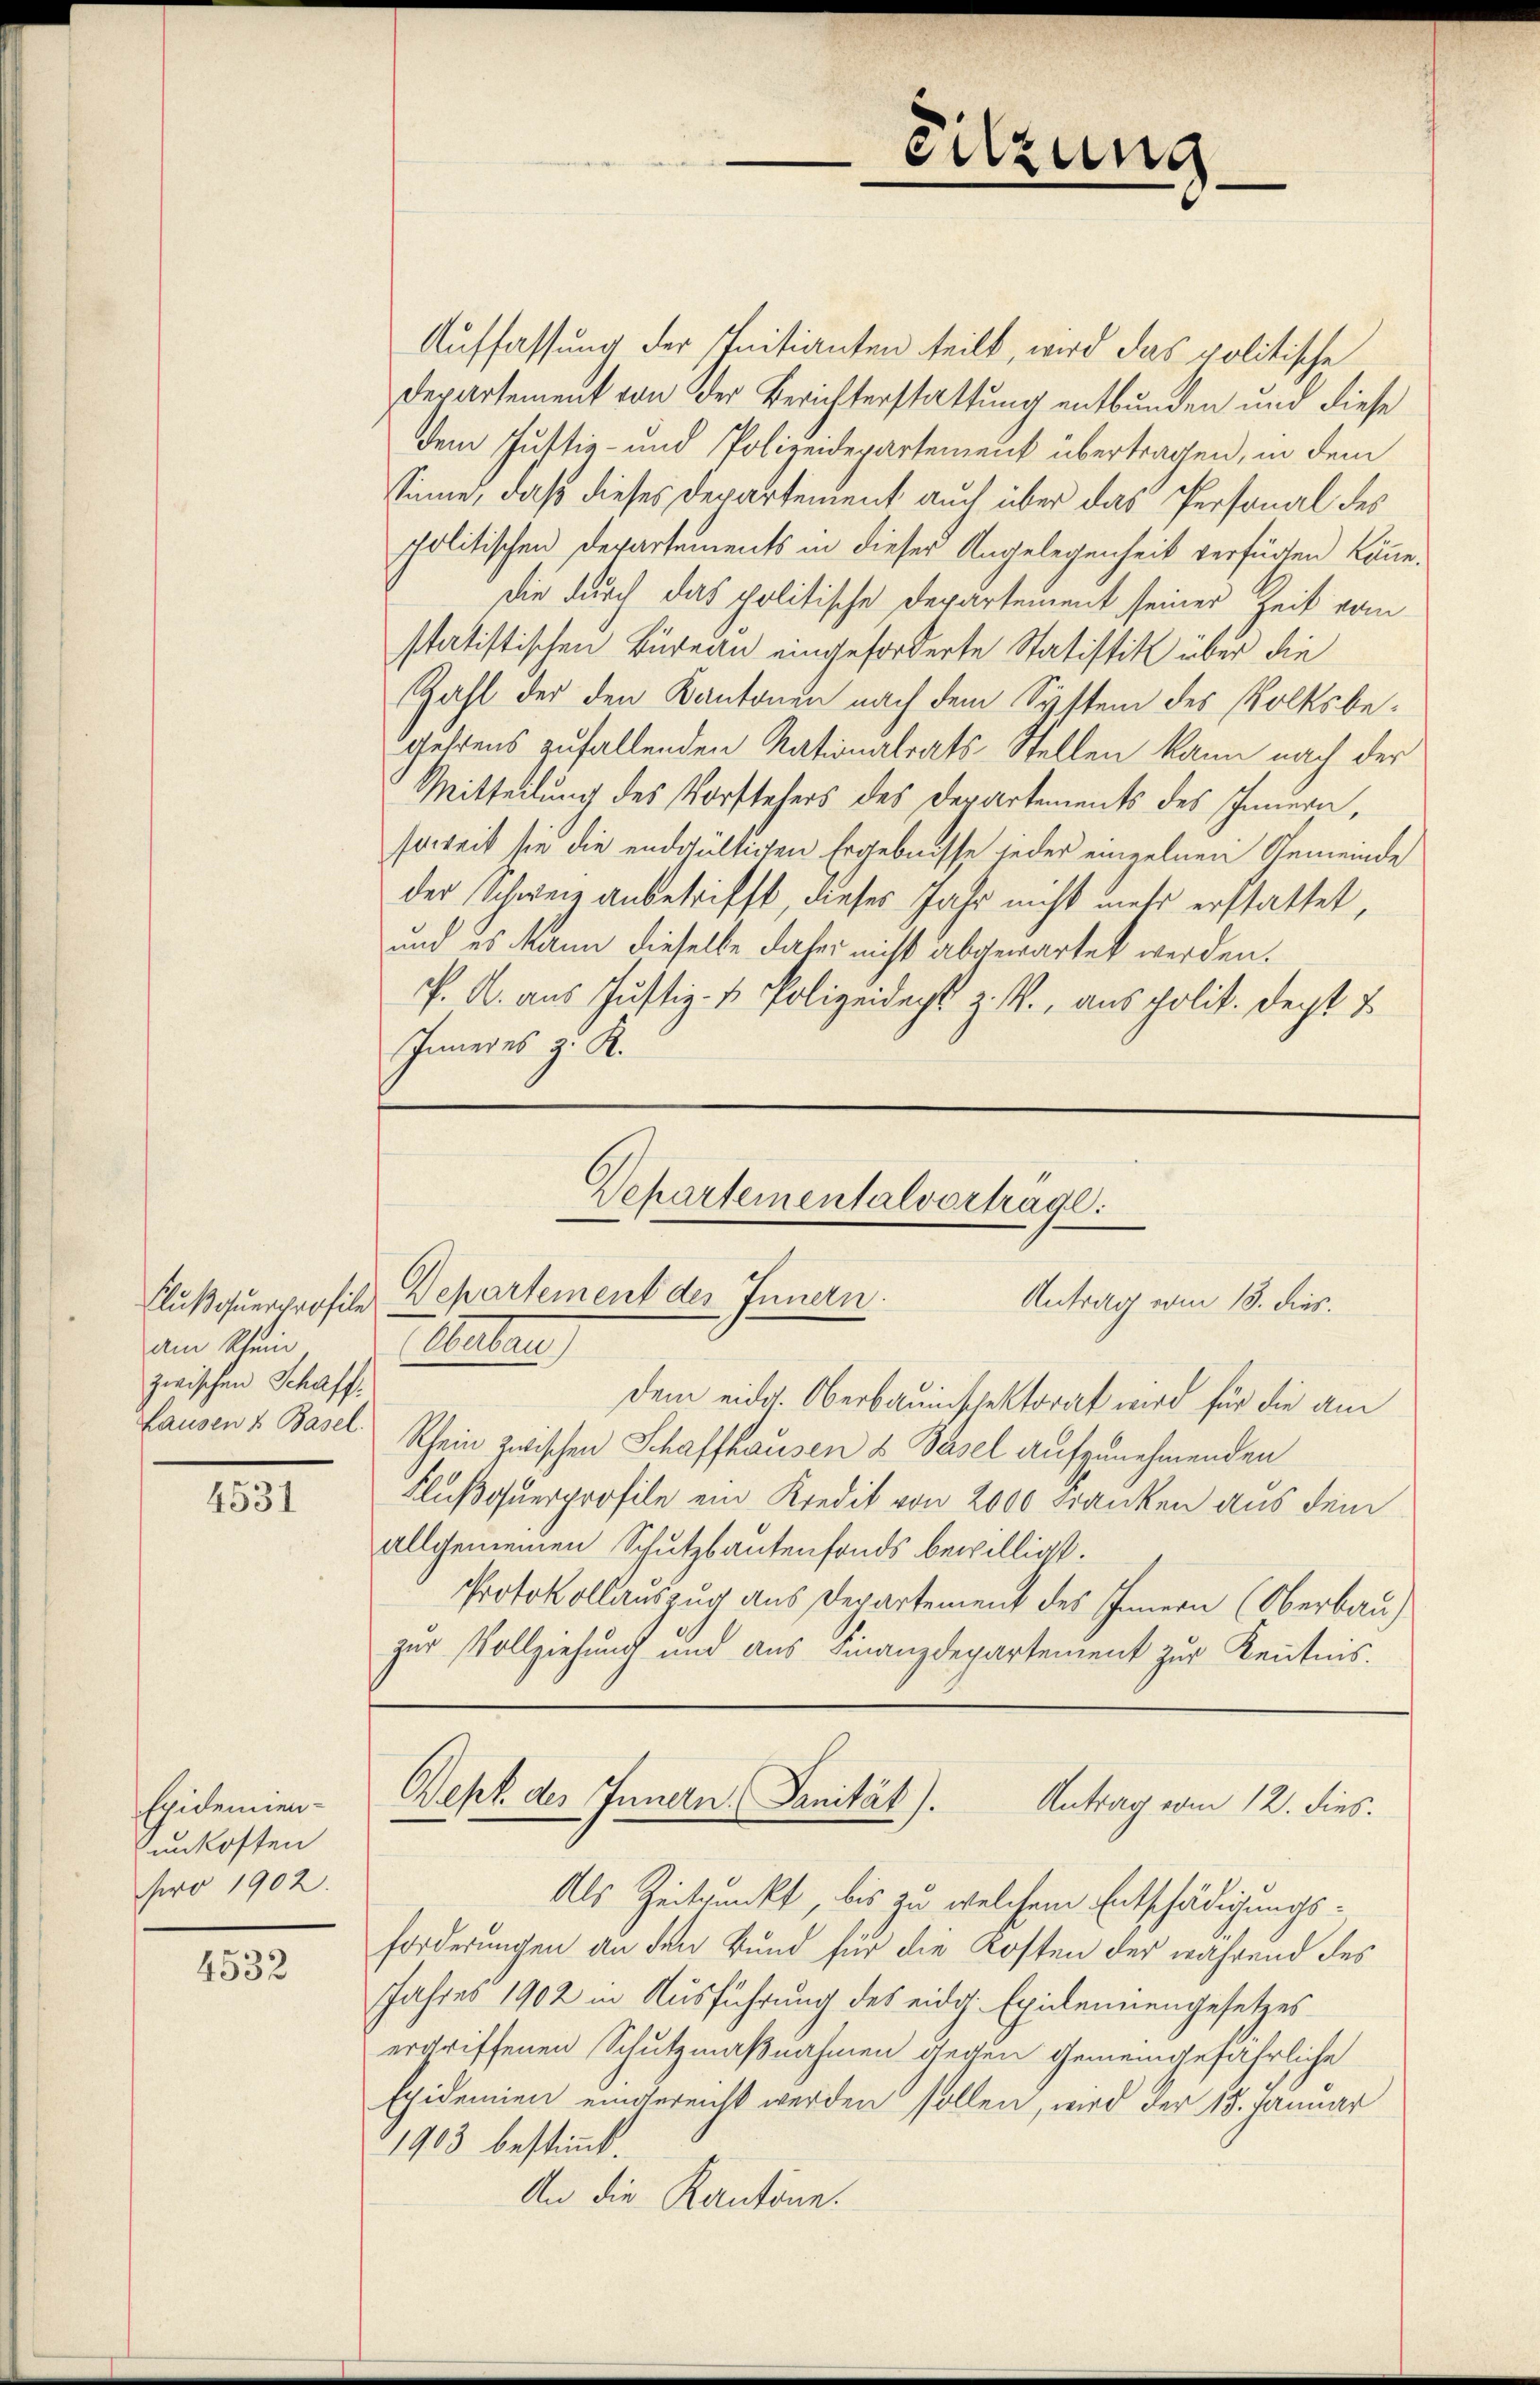
am Klein
zwischen Schaffhausen & Basel.

4531

Epidemien-
unkosten
pro 1902.

4532

Auffassung der Initianten teilt, wird das politische
Departement von der Berichterstattung entbunden und diese
dem Justiz- und Polizeidepartement übertragen, in dem
Sinne, daß dieses Departement auch über das Personal des
politischen Departements in dieser Angelegenheit verfügten könne.
die durch das politische Departement seiner Zeit vom
statistischen Büreau eingeforderte Statistik über die
Zahl der den Kantonen nach dem System des Volksbegehrens zufallenden Nationalrats-Stellen kann nach der
Mitteilung des Vorstehers des Departements des Innern,
soweit sie die endgültigen Ergebnisse jeder einzelnen Gemeinde
der Schweiz anbetrifft, dieses Jahr nicht mehr erstattet,
und es kann dieselbe daher nicht abgewartet werden.
P. A. aus Justiz- & Polizeidigt z. R., aus polit. Decht &
Inneres z. K.

dem eidg. Oberbauinschektorat wird für die am
Rhein zwischen Schaffhausen & Basel aufzunehmenden
Flußouerprofile ein Kredit von 2000 Franken aus dem
allgemeinen Schutzbautenfonds bewilligt.
Protokollauszug aus Departement des Innern (Oberbau)
zur Vollziehung und aus Finanzdepartement zur Kenntnis.

Sitzung

Als Zeitpunkt, bis zu welchem Entschädigungsforderungen an den Bund für die Kosten der während des
Jahres 1902 in Ausführung des eidg. Epidemiengesetzes
ergriffenen Schutzmaßnahmen gegen gemeingefährliche
Epidemien eingereicht werden sollen, wird der 18. Januar
1903 bestimmt.
An die Kantone.

Dehartementalvortrage.
Flußquerprofile Departement der Innern.
Antrag vom 18. dies.
Katar)

Dept des Innern, Sanität). Antrag vom 12. dies